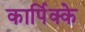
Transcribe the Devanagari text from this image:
कार्पिक्के